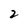
Character: 2